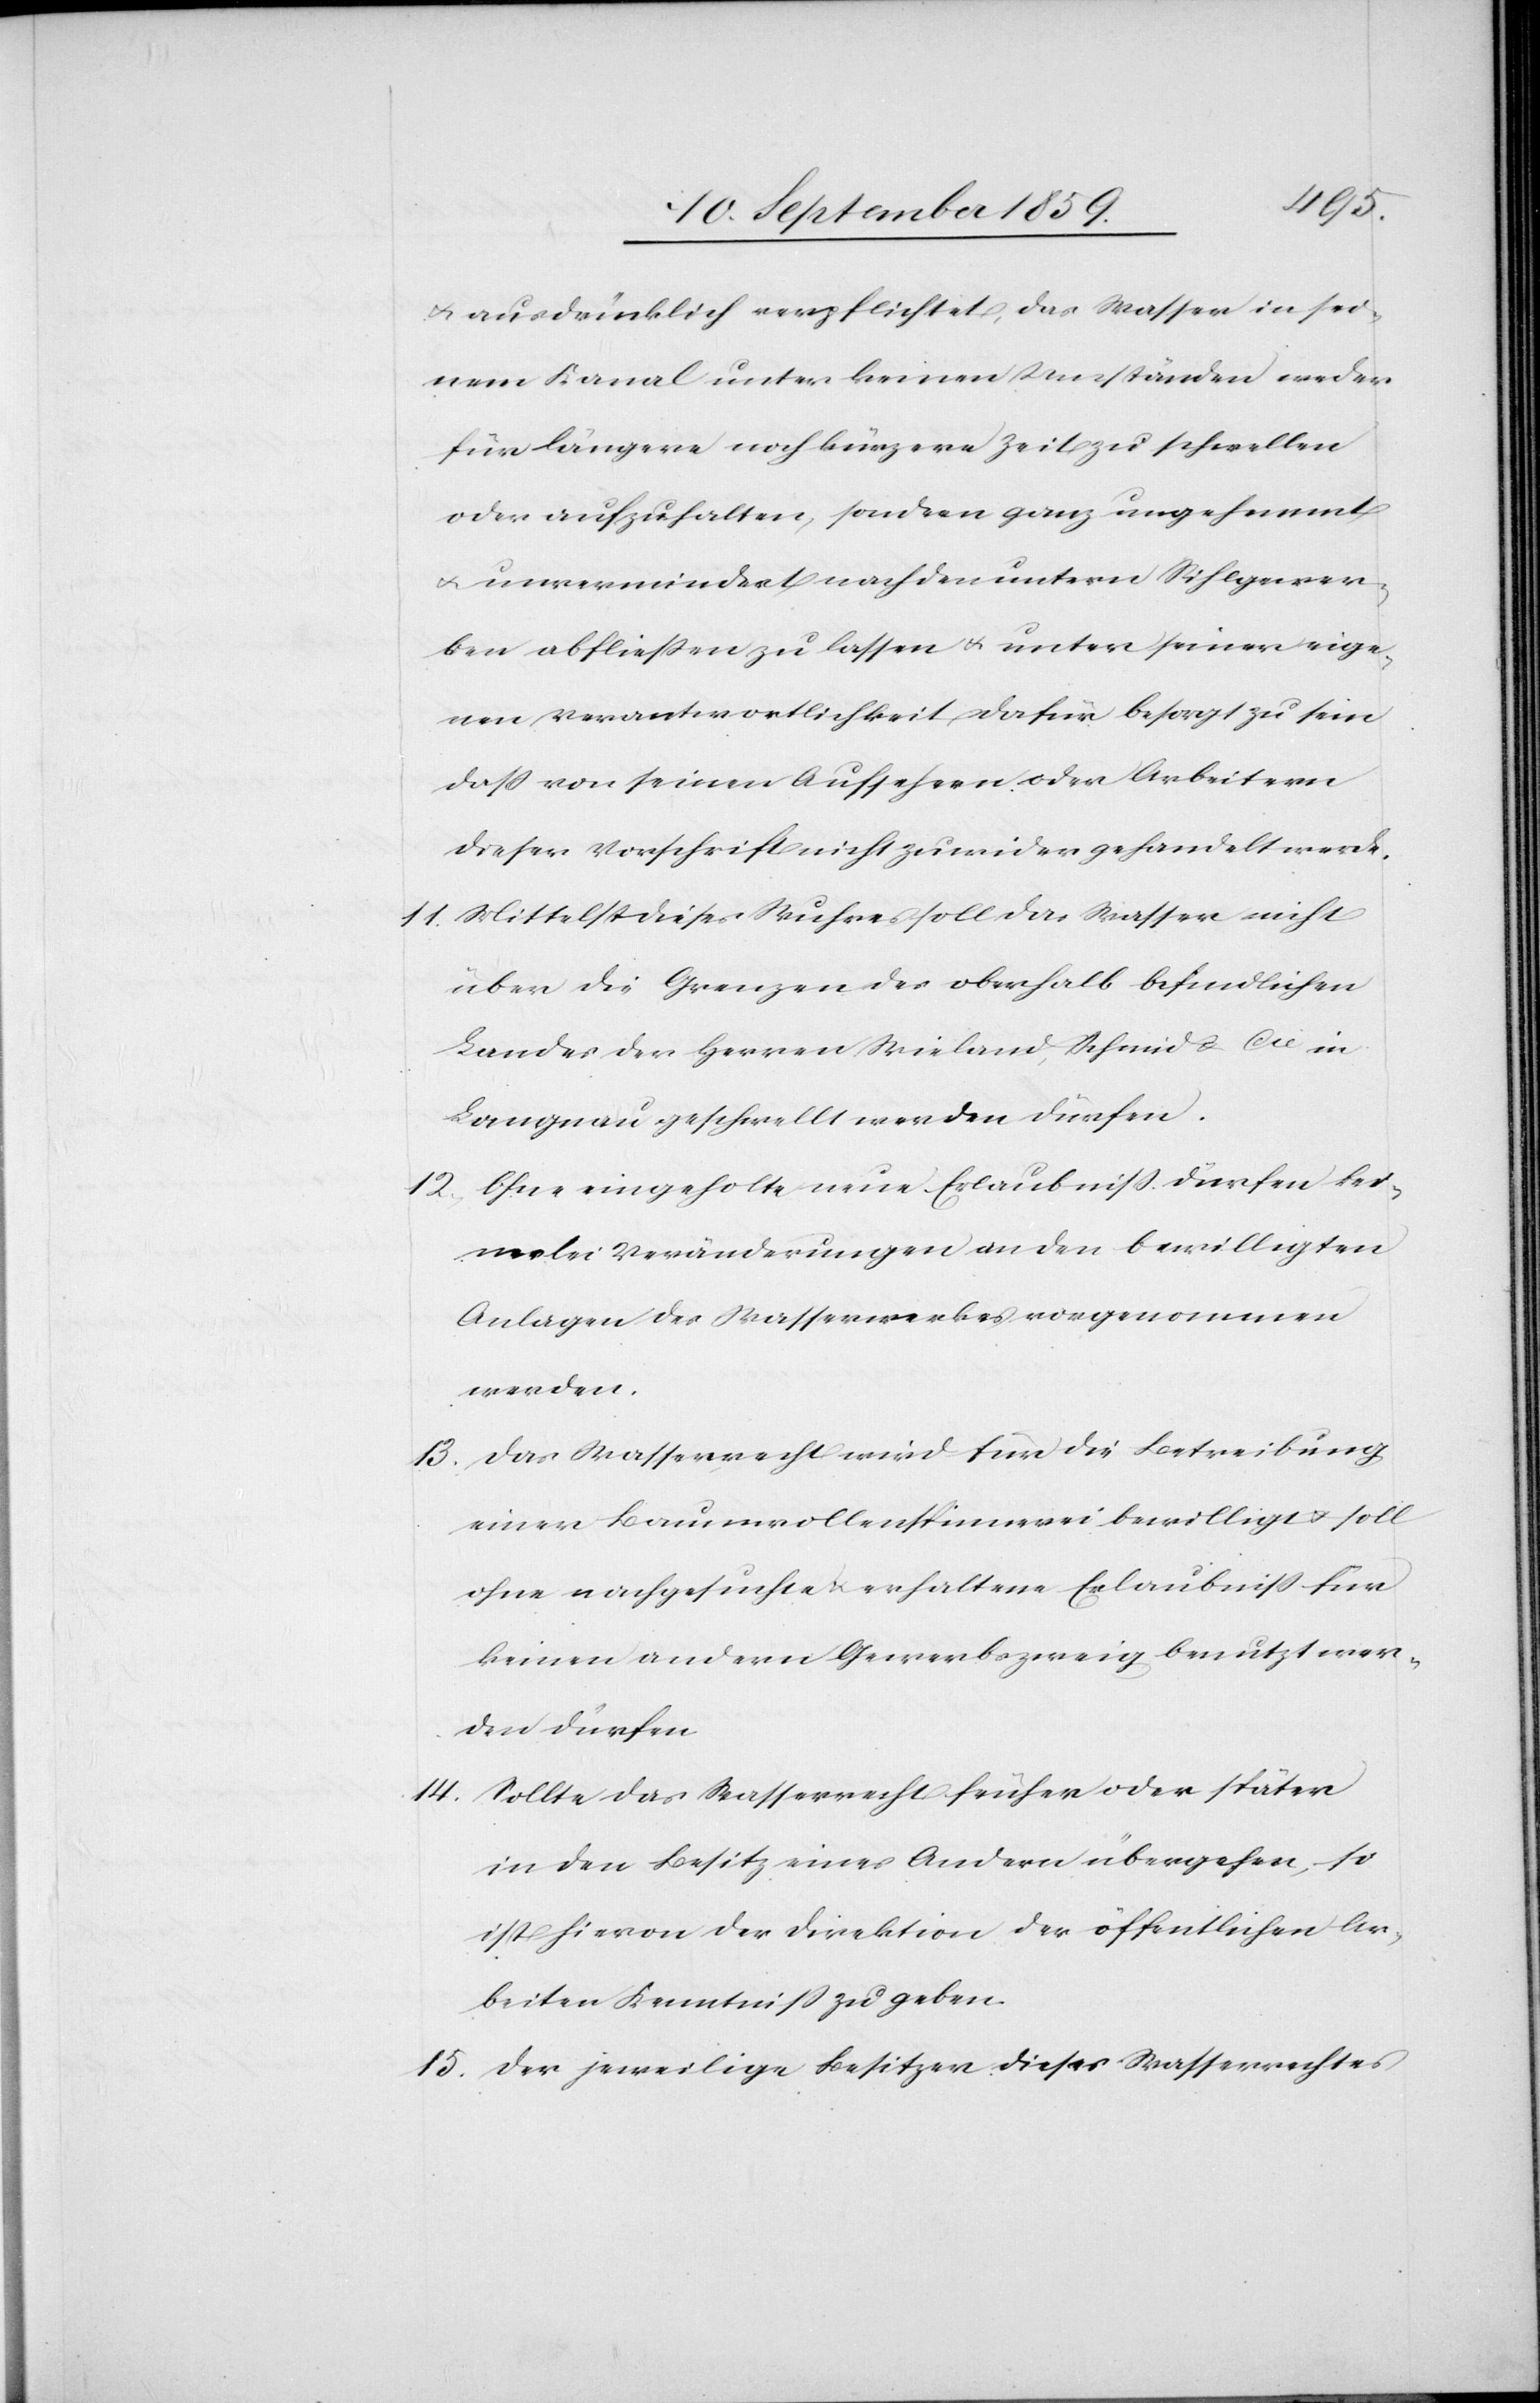
& ausdrücklich verpflichtet, das Wasser in sei¬
nem Kanal unter keinen Umständen weder
für längere noch kürzere Zeit zu schwellen
oder aufzuhalten, sondern ganz ungehemmt
& unvermindert nach den untern Sihlgewer¬
ben abfließen zu lassen & unter seiner eige¬
nen Verantwortlichkeit dafür besorgt zu sein
daß von seinen Aufsehern oder Arbeitern
dieser Vorschrift nicht zuwider gehandelt werde.
11. Mittelst dieses Wuhres soll das Wasser nicht
über die Grenzen des oberhalb befindlichen
Landes der Herren Wieland, Schmid & Cie in
Langnau geschwellt werden dürfen.
12. Ohne eingeholte neue Erlaubniß dürfen kei¬
nerlei Veränderungen an den bewilligten
Anlagen des Wasserwerkes vorgenommen
werden.
13. Das Wasserrecht wird für die Betreibung
einer Baumwollenspinnerei bewilligt & soll
ohne nachgesuchte & erhaltene Erlaubniß für
keinen andern Gewerbszweig benutzt wer¬
den dürfen.
14. Sollte das Wasserrecht früher oder später
in den Besitz eines Andern übergehen, so
ist hievon der Direktion der öffentlichen Ar¬
beiter Kenntniß zu geben.
15. Der jeweilige Besitzer dieses Wasserrechtes